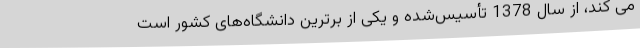
می کند، از سال 1378 تأسیس‌شده و یکی از برترین دانشگاه‌های کشور است